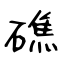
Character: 礁